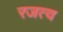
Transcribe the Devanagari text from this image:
रजत्व